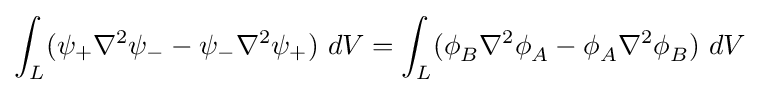
\int _{L}(\psi _{+}\nabla ^{2}\psi _{-}-\psi _{-}\nabla ^{2}\psi _{+})~dV=\int _{L}(\phi _{B}^{}\nabla ^{2}\phi _{A}^{}-\phi _{A}^{}\nabla ^{2}\phi _{B}^{})~dV